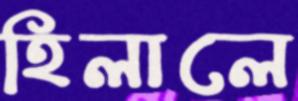
হিলালে